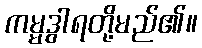
ကမ္မဒွါရတို့မည်၏။